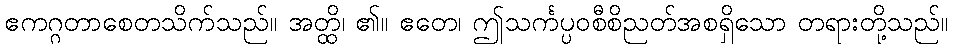
ဧကဂ္ဂတာစေတသိက်သည်။ အတ္ထိ၊ ၏။ ဧတေ၊ ဤသင်္ကပ္ပဝစီစိညတ်အစရှိသော တရားတို့သည်။